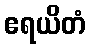
ဧရယိတံ